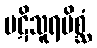
ပဋိသူရမိစ္ဆံ